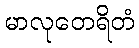
မာလုတေရိတံ